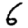
Digit: 6